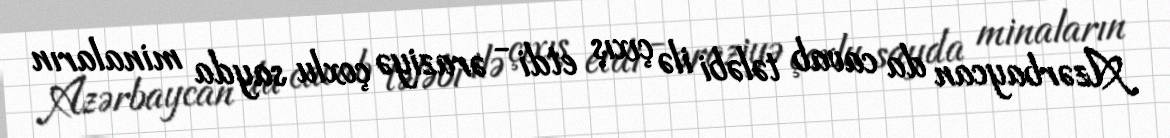
Azərbaycan da cavab tələbi ilə çıxış etdi - əraziyə çoxlu sayda minaların